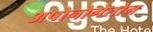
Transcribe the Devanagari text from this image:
अपोनोगेतोन